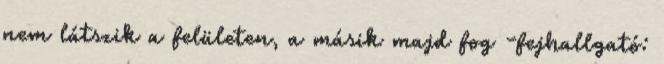
nem látszik a felületen, a másik majd fog -fejhallgató: